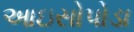
આઇસોપોડા